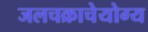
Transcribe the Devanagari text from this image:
जलचक्राचेयोग्य